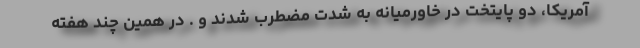
آمریکا، دو پایتخت در خاورمیانه به شدت مضطرب شدند و . در همین چند هفته